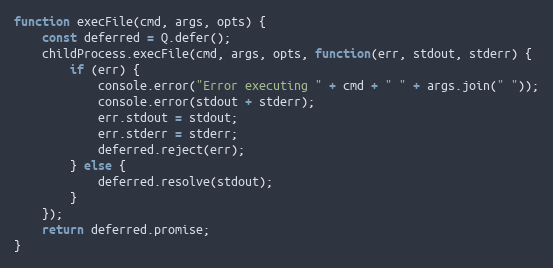
Language: JavaScript
function execFile(cmd, args, opts) {
    const deferred = Q.defer();
    childProcess.execFile(cmd, args, opts, function(err, stdout, stderr) {
        if (err) {
            console.error("Error executing " + cmd + " " + args.join(" "));
            console.error(stdout + stderr);
            err.stdout = stdout;
            err.stderr = stderr;
            deferred.reject(err);
        } else {
            deferred.resolve(stdout);
        }
    });
    return deferred.promise;
}